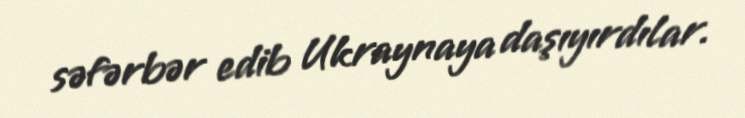
səfərbər edib Ukraynaya daşıyırdılar.